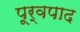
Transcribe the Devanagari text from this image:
पूर्वपाद